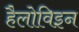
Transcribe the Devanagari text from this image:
हैलोविइन